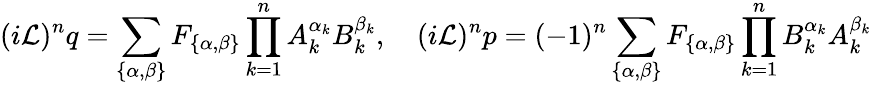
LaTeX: (i\mathcal{L})^{n}q=\sum_{\{ \alpha,\beta\} }F_{\{ \alpha,\beta\} }\prod_{k=1}^{n}A_{k}^{\alpha_{k}}B_{k}^{\beta_{k}},\quad(i\mathcal{L})^{n}p=(-1)^{n}\sum_{\{ \alpha,\beta\} }F_{\{ \alpha,\beta\} }\prod_{k=1}^{n}B_{k}^{\alpha_{k}}A_{k}^{\beta_{k}}